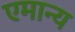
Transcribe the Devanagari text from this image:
एमान्य